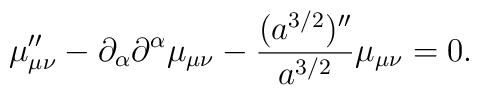
\mu_{\mu\nu}'' - \partial_{\alpha} \partial^{\alpha} \mu_{\mu\nu} - \frac{(a^{3/2})''}{a^{3/2}} \mu_{\mu\nu} =0.